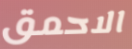
الاحمق